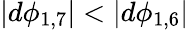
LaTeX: |d\phi_{1,7}|<|d\phi_{1,6}|